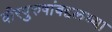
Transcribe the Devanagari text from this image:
वीरपुरुषांबद्दलच्या